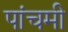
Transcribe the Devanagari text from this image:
पांचमी